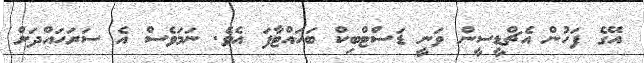
އޭގެ ފަހުން އެޗްޑީސީން ވަނީ ޑަސްޓްބިކް ބަހައްޓާފަ އެވެ. ނަމަވެސް އެ ސަރަހައްދަށް